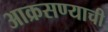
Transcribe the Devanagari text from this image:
आक्रसण्याची